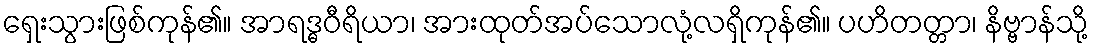
ရှေးသွားဖြစ်ကုန်၏။ အာရဒ္ဓဝီရိယာ၊ အားထုတ်အပ်သောလုံ့လရှိကုန်၏။ ပဟိတတ္တာ၊ နိဗ္ဗာန်သို့